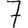
Digit: 7